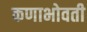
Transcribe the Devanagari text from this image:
कणाभोवती